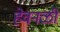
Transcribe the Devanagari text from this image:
हेवनळी